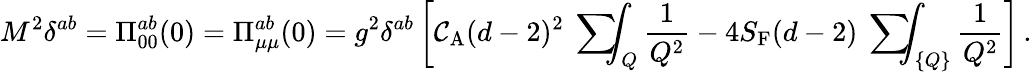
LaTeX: M^{2}\delta^{ab}=\Pi_{00}^{ab}(0)=\Pi_{\mu\mu}^{ab}(0)=g^{2}\delta^{ab}\left[\mathcal{C}_{\mathrm{{A}}}(d-2)^{2}\mathrm{{~\sum~}}\! \! \! \! \! \! \int_{Q}\frac{{1}}{{Q^{2}}}-4S_{\mathrm{{F}}}(d-2)\mathrm{{~\sum~}}\! \! \! \! \! \! \int_{\{ Q\} }\frac{{1}}{{Q^{2}}}\right]\, .